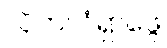
လိုက်လံရှာဖွေ